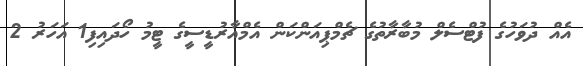
އެއް ދުވަހުގެ ފުޓްސެލް މުބާރާތުގެ ޗެމްޕިއަންކަން އެމްއާރުޑީސީގެ ޓީމު ހޯދައިިފި1 އަހަރު 2